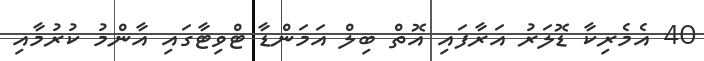
40 އެމެރިކާ ޑޮލަރު އަރާފައި އޮތް ބިލް އަމަންޑާ ޓްވިޓާގައި އާންމު ކުރުމާއި